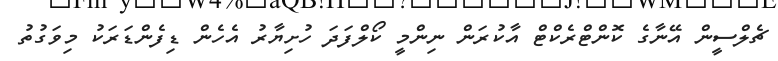
ޗެލްސީން އޭނާގެ ކޮންޓްރެކްޓް އާކުރަން ނިންމީ ކޯލްފަދަ ހުށިޔާރު އެހެން ޑިފެންޑަރަކު މިވަގުތު